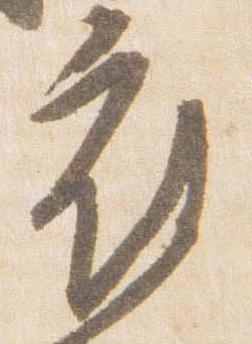
府